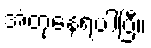
အံတုနေရပါပြီ။